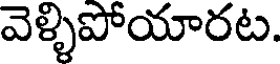
వెళ్ళిపోయారట.